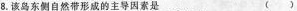
8.该岛东侧自然带形成的主导因素是 ()